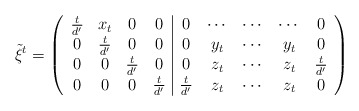
\begin{align*}\tilde{\xi}^t = \left( \begin{array}{cccc|ccccc}\frac{t}{d'} & x_t & 0 & 0& 0 & \cdots & \cdots & \cdots & 0 \\0 & \frac{t}{d'} & 0 & 0& 0 & y_t & \cdots & y_t & 0 \\0 & 0 & \frac{t}{d'} & 0& 0 & z_t & \cdots & z_t & \frac{t}{d'} \\0 & 0 & 0 & \frac{t}{d'}& \frac{t}{d'} & z_t & \cdots & z_t & 0 \end{array} \right)\end{align*}